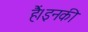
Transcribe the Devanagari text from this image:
हैं।इनकी